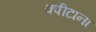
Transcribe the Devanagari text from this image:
क्पीटाना